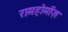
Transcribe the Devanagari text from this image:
रामहोर्मोज़